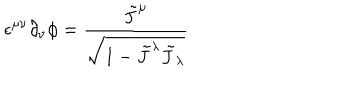
\epsilon ^ { \mu \nu } \partial _ { \nu } \phi = \frac { \tilde { J } ^ { \mu } } { \sqrt { 1 - \tilde { J } ^ { \lambda } \tilde { J } _ { \lambda } } }